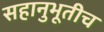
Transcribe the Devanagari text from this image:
सहानुभूतीच